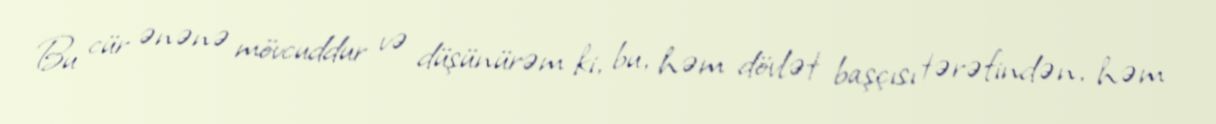
Bu cür ənənə mövcuddur və düşünürəm ki, bu, həm dövlət başçısı tərəfindən, həm